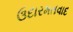
ઉદારમતવાદ